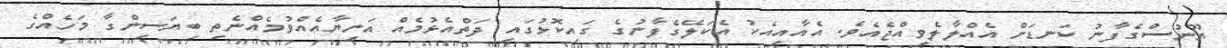
ޔޫނުސްގެފާނު ކަނޑަށް އެއްލާލެވިއްޖެއެވެ. އެއާއިއެކު އެކަލޭގެފާނުގެ ގައިކޮޅުގައި ދަތްއެޅުމެއް އަނިޔާއެއްވުމެއްނެތި ބިޔަސިންގާ މަހެއްގެ